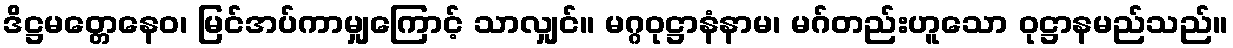
ဒိဋ္ဌမတ္တေနေဝ၊ မြင်အပ်ကာမျှကြောင့် သာလျှင်။ မဂ္ဂဝုဋ္ဌာနံနာမ၊ မဂ်တည်းဟူသော ဝုဋ္ဌာနမည်သည်။